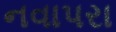
નવાપરા